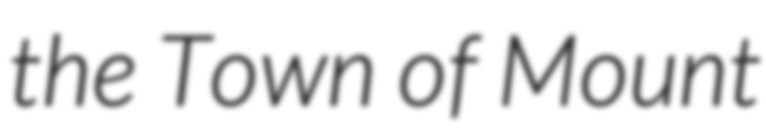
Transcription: the Town of Mount